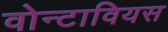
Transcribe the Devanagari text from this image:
वोन्टावियस